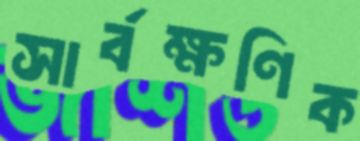
সার্বক্ষণিক